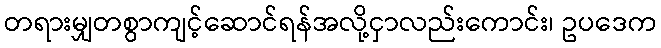
တရားမျှတစွာကျင့်ဆောင်ရန်အလို့ငှာလည်းကောင်း၊ ဥပဒေက